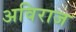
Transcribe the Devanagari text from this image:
अविराज